Problem: 4 × 7 = ?
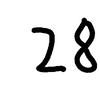
Handwritten answer: 28